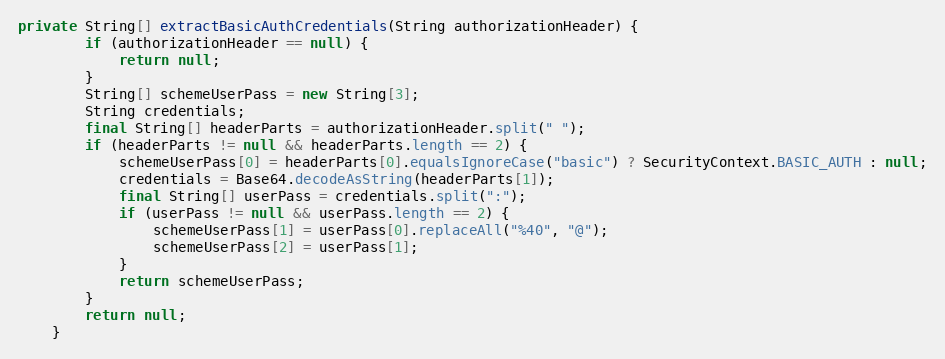
Language: Java
private String[] extractBasicAuthCredentials(String authorizationHeader) {
        if (authorizationHeader == null) {
            return null;
        }
        String[] schemeUserPass = new String[3];
        String credentials;
        final String[] headerParts = authorizationHeader.split(" ");
        if (headerParts != null && headerParts.length == 2) {
            schemeUserPass[0] = headerParts[0].equalsIgnoreCase("basic") ? SecurityContext.BASIC_AUTH : null;
            credentials = Base64.decodeAsString(headerParts[1]);
            final String[] userPass = credentials.split(":");
            if (userPass != null && userPass.length == 2) {
                schemeUserPass[1] = userPass[0].replaceAll("%40", "@");
                schemeUserPass[2] = userPass[1];
            }
            return schemeUserPass;
        }
        return null;
    }